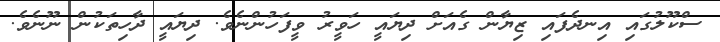
ސްކޫލުގައި އިނދެފައި ޒިޔާން ގެއަށް ދިޔައީ ހަވީރު ވީފަހުންނެވެ. ދިޔައީ ދާހިތަކުން ނޫނެވެ.